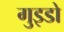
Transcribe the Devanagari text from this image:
गुइडो